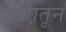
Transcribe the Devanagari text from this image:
खा़तून